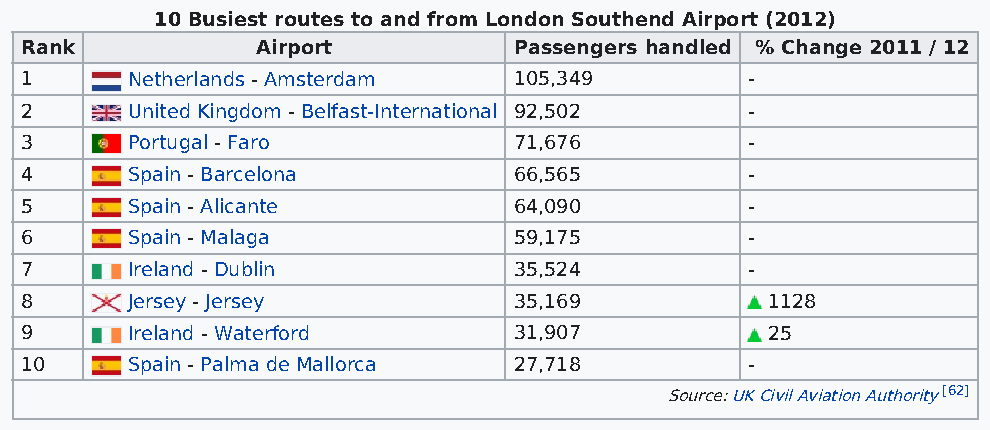
10 Busiest routes to and from London Southend Airport (2012)
 Rank            Airport          Passengers handled % Change 2011 / 12
 1      Netherlands - Amsterdam   105,349         -
 2      United Kingdom - Belfast-International 92,502 -
 3      Portugal - Faro           71,676          -
 4      Spain - Barcelona         66,565          -
 5      Spain - Alicante          64,090          -
 6      Spain - Malaga            59,175          -
 7      Ireland - Dublin          35,524          -
 8      Jersey - Jersey           35,169           1128
 9      Ireland - Waterford       31,907           25
 10     Spain - Palma de Mallorca 27,718          -
 Source: UK Civil Aviation Authority [62]